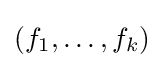
(f_{1},\dots ,f_{k})